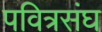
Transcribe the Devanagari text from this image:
पवित्रसंघ